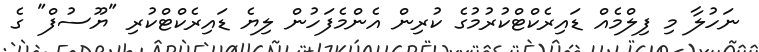
ނަހުލާ މި ފިލްމެއް ޑައިރެކްޓްކުރުމުގެ ކުރިން އެންމެފަހުން ލިޔެ ޑައިރެކްޓްކުރި "ޔޫސުފް" ގެ